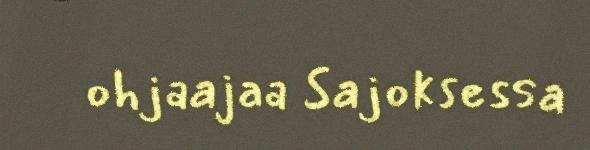
ohjaajaa Sajoksessa